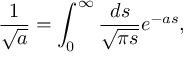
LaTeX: \frac { 1 } { \sqrt { a } } = \int _ { 0 } ^ { \infty } \frac { d s } { \sqrt { \pi s } } e ^ { - a s } ,